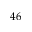
4 6